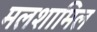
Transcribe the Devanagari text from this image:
मलशामिल